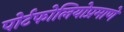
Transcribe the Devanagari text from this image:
पोर्टफोलियोप्रमाणे